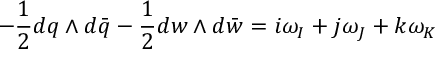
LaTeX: - { \frac { 1 } { 2 } } d q \wedge d \bar { q } - { \frac { 1 } { 2 } } d w \wedge d \bar { w } = i \omega _ { I } + j \omega _ { J } + k \omega _ { K }